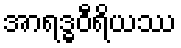
အာရဒ္ဓဝီရိယဿ